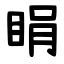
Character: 睊